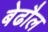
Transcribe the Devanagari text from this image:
बेढौल